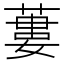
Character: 蔞